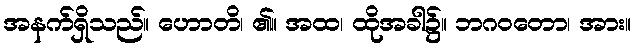
အနက်ရှိသည်။ ဟောတိ၊ ၏။ အထ၊ ထိုအခါ၌။ ဘဂဝတော၊ အား။